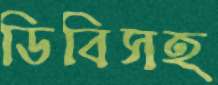
ডিবিসহ